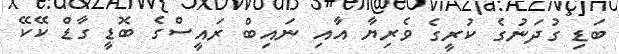
ބަޑި ގުދަނުގެ ކުރީގެ ވެރިޔާ އާއި ނައިބް ރައީސްގެ ބޮޑީ ގާޑް ކޭކޭ